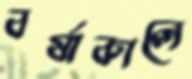
বর্ষাকালে